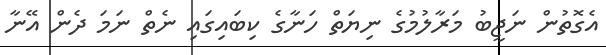
އެގޮތުން ނަޖީބު މަރާލުމުގެ ނިޔަތް ހަނާގެ ކިބައިގައި ނެތް ނަމަ ދެން އޭނާ